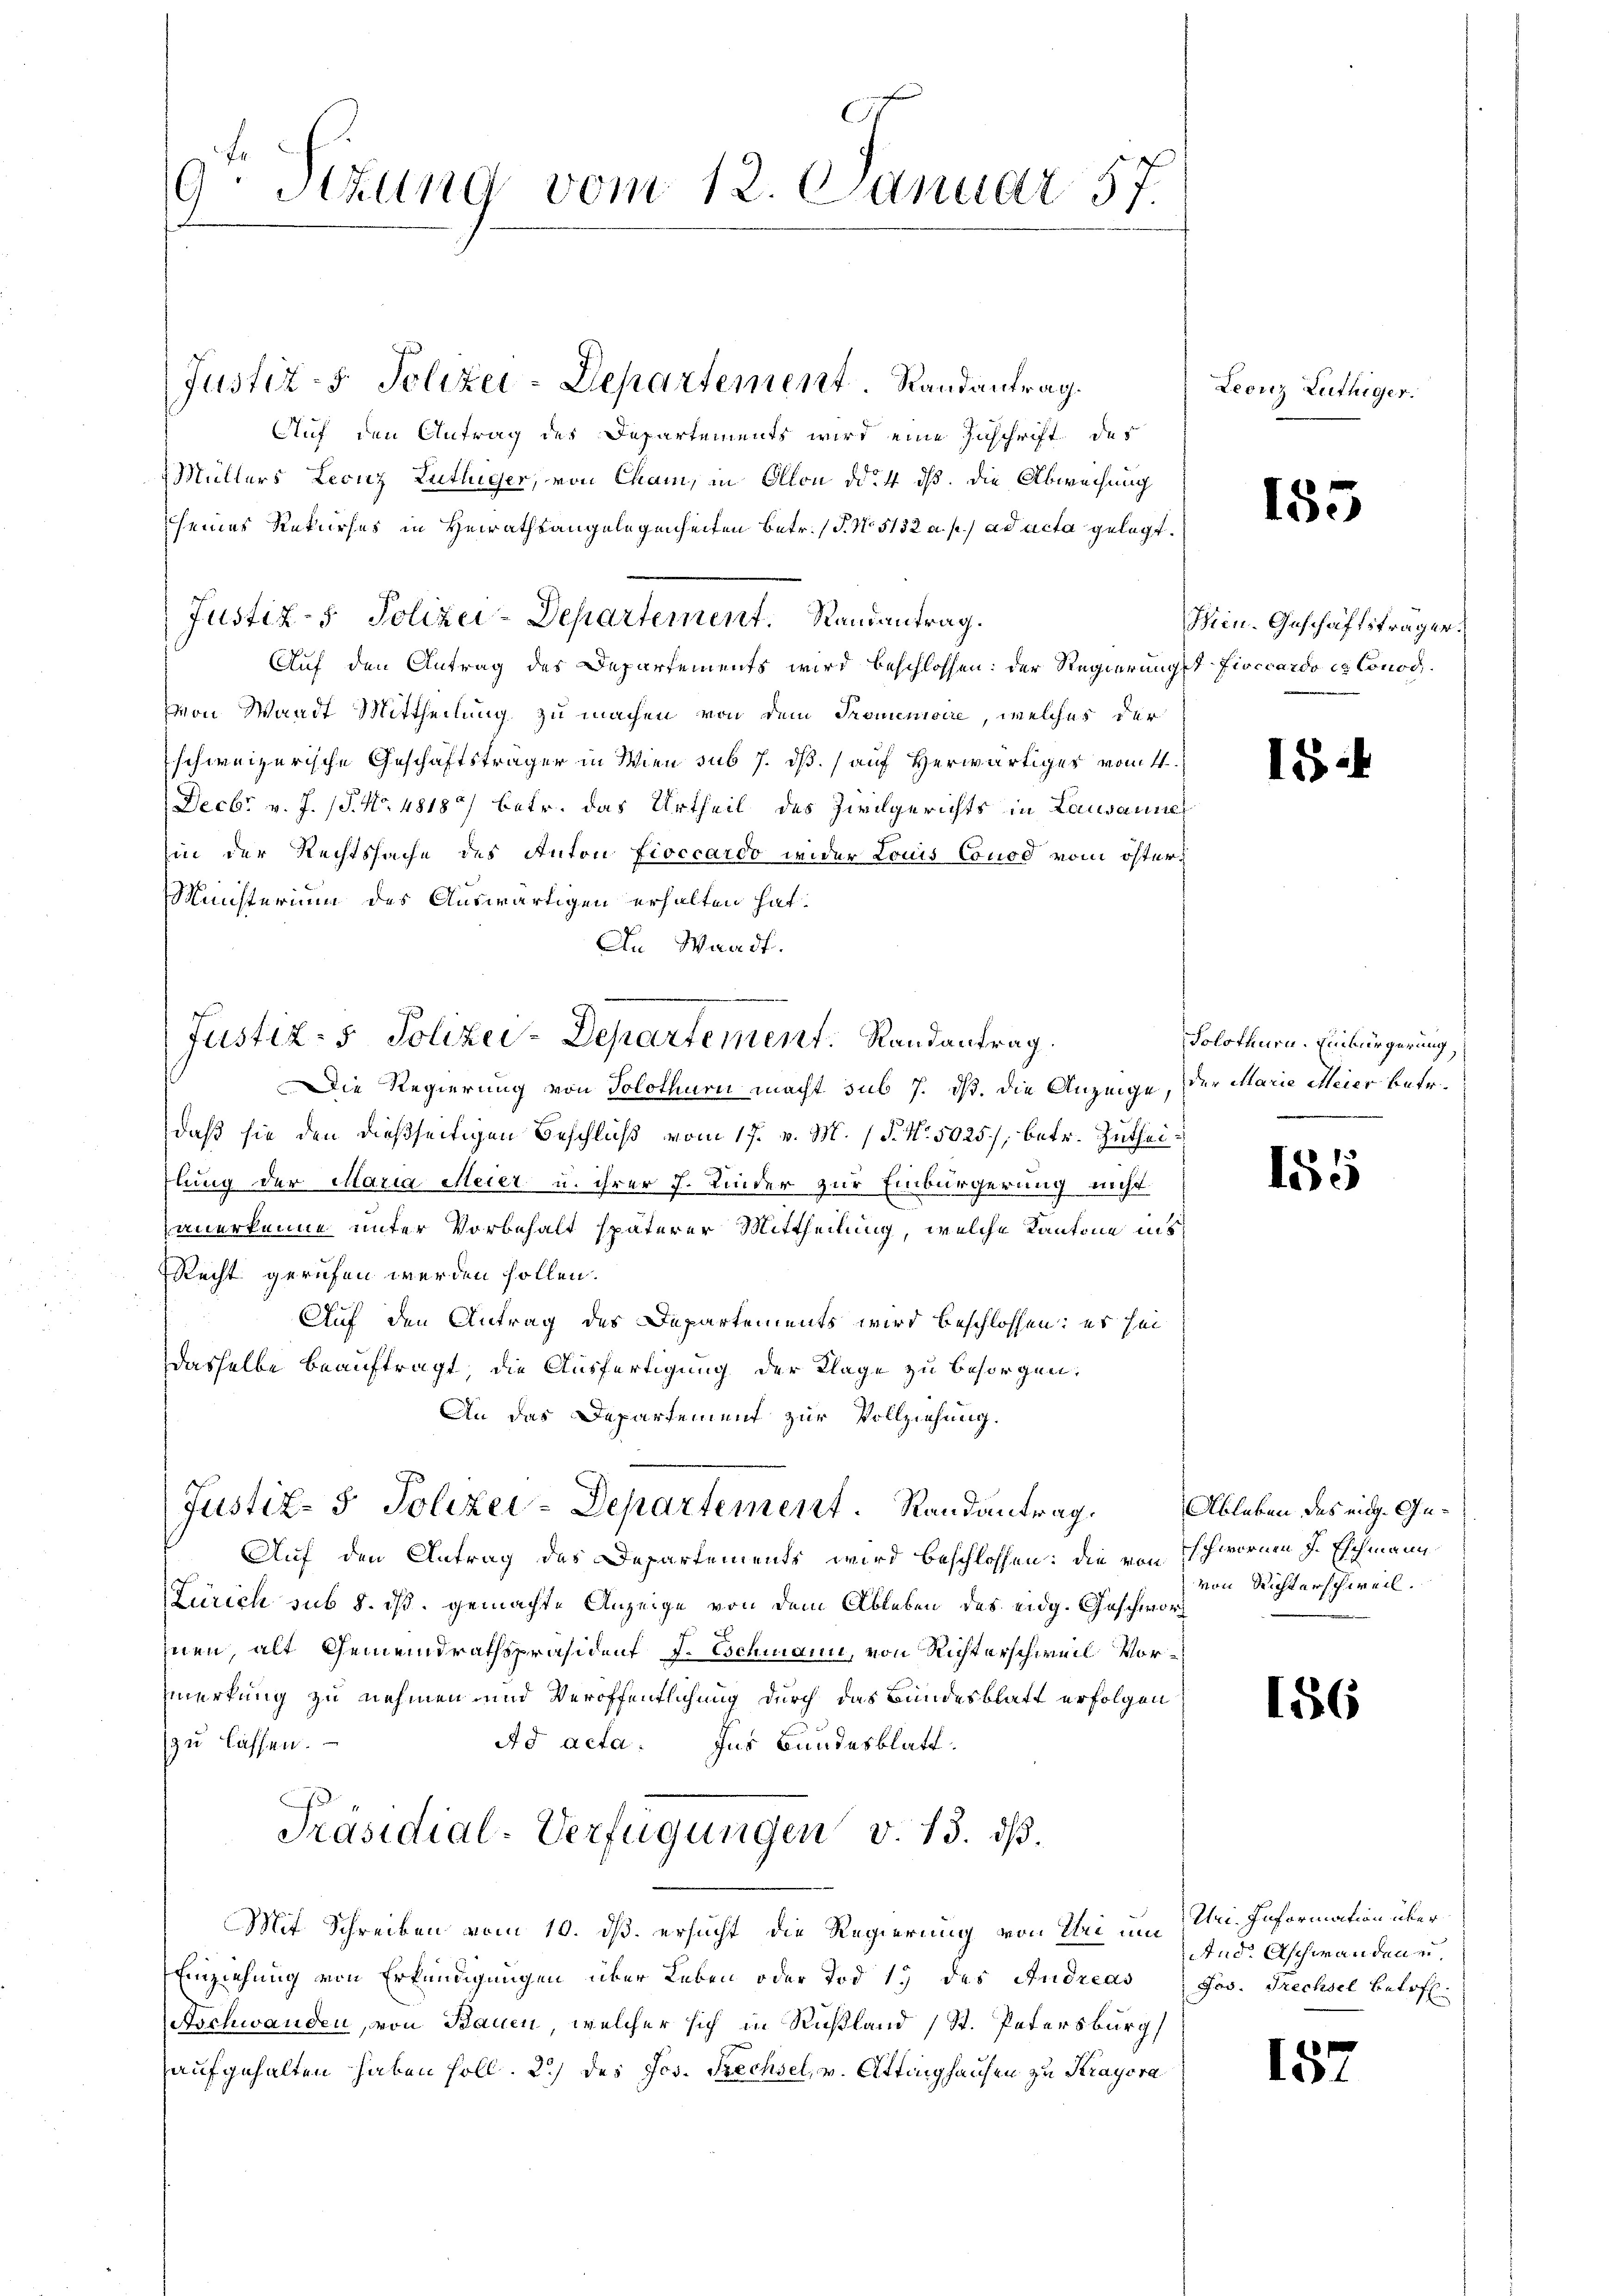
9Stzung vom 12. Januar 57.

Auf den Antrag des Departements wird eine Zuschrift des
Müllers Leonz Lutlüger, von Cham, in Ollon d. 4 dß. die Abweisung
seines Rekurses in Heirathsangelegenheiten betr. P. No. 5132 a. p. ad acta gelegt.
Auf den Antrag des Departements wird beschlossen: der Regierungst Fisccardo et Conod.
von Waadt Mittheilung zu machen, von dem Promenisire, welches der
schweizerische Geschäftsträger in Wien sub 7. dß. (auf Herwärtiges vom 4.
Decbr. v. J. (T. No 4818/ betr. das Urtheil des Zirchgerichts in Lausannes
hin der Rechtssache des Anton fioccardo wider Louis Conod vom öster¬
Minsterium des Auswärtigen erhalten hat.
An Waadt.

Justiz- & Polizei-Departement. Randantrag.

Die Regierung von Solothurn macht sub 7. dß. Die Anzeige, der Marie Meier betr.
daß sie den dießseitigen Beschluß vom 17. v. M. P. Nr. 5025), betr. Zutheiflung der Maria Meier u. ihrer J. Kinder zur Einbürgerung nicht
anerkenne unter Vorbehalt späterer Mittheilung, welche Kantone ins
Recht gerufen werden sollen.
Auf den Antrag des Departements wird beschlossen: es sei
dasselbe beauftragt, die Ausfertigung der Klage zu besorgen.
An das Departement zur Vollziehung.
Auf den Antrag des Departements wird beschlossen: die von Schwornen J. Eschmann
Zürich sub 5. dß. gemachte Anzeige von dem Ableben des eidg. Geschwor
inen, alt Gemeindrathspräsident J. Eschmann, von Richterschweil Vormerkung zu nehmen und Veröffentlichung durch das Bundesblatt erfolgen
zu lassen.
Ad acta. Ins Bundesblatt.
Präsidial-Verfügungen v. 13. dß.
Mit Schreiben vom 10. ds. ersucht die Regierung von Uri um Uri. Information über¬
Einziehung von Erkundigungen über Leben oder Tod 17 des Andreas
Aschwanden, von Bauen, welcher sich in Rußland (St. Petersburg
aufgehalten haben soll. 2.) des Jos. Prechsel, v. Attinghausen zu Krayora

Justiz- & Polizei-Departement. Randantrag.

Justiz- & Polizei-Departement. Randantrag.

Justiz- & Polizei-Departement. Randantrag.

Leonz Luthiger.

155

Min. Geschäftsträger.

15

Solothurn. Einbürgerung,

155

Ableben des eidg. Guvon Richterschweil.

186

And. Aschwanden e
Jos. Frechsel betoff.

157